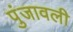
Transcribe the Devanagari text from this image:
पुंजावली